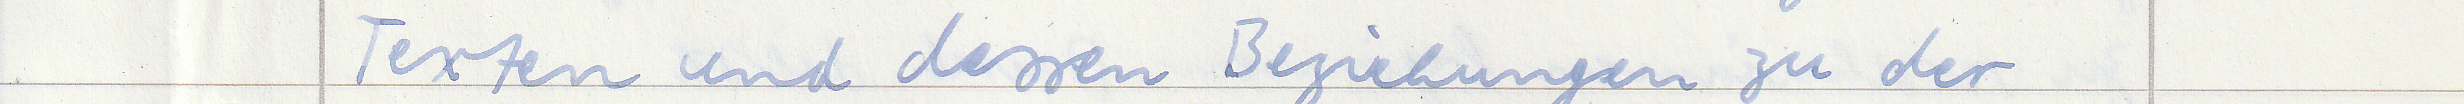
Texten und dessen Beziehungen zu der